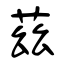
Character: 茲